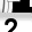
Digit: 2